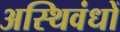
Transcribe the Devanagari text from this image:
अस्थिवंधों